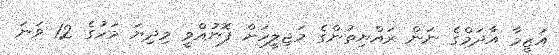
އަޒީމާ އާދަމްގެ ނަން ރައްޔިތުންގެ މަޖިލީހަށް ފޮނުއްވީ މިދިޔަ މަހުގެ 12 ވަނަ